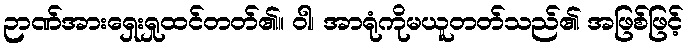
ဉာဏ်အားရှေးရှုထင်တတ်၏။ ဝါ၊ အာရုံကိုမယူတတ်သည်၏ အဖြစ်ဖြင့်